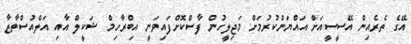
އޭގެ ތެރެއިން އޭސީސީއަށް އައްޔަންކުރުމަށް މަޖިލީހުން ފާސްކޮށްފައިވަނީ އިބްރާހިމް ޝަކީލް އާއި އަލްއުސްތާޒާ